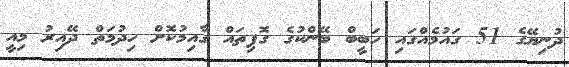
ދުނިޔޭގެ 51 ގައުމެއްގައި ހަބީބް ބޭންކުގެ ގޮފިތައް ގާއިމުކޮށް ހިދުމަތް ދޭއިރު މިއީ